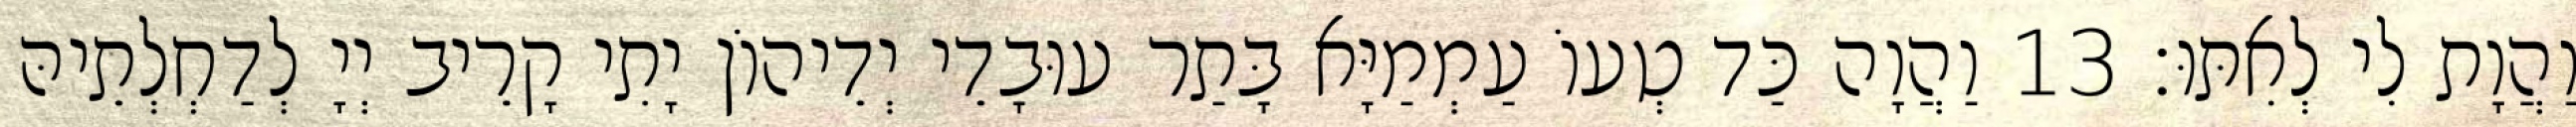
וַהֲוָת לִי לְאִתּוּ׃ 13 וַהֲוָה כַּד טְעוֹ עַמְמַיָּא בָּתַר עוּבָדֵי יְדֵיהוֹן יָתִי קָרֵיב יְיָ לְדַחְלְתֵיהּ